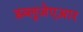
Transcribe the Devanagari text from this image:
डब्लूजेएआर